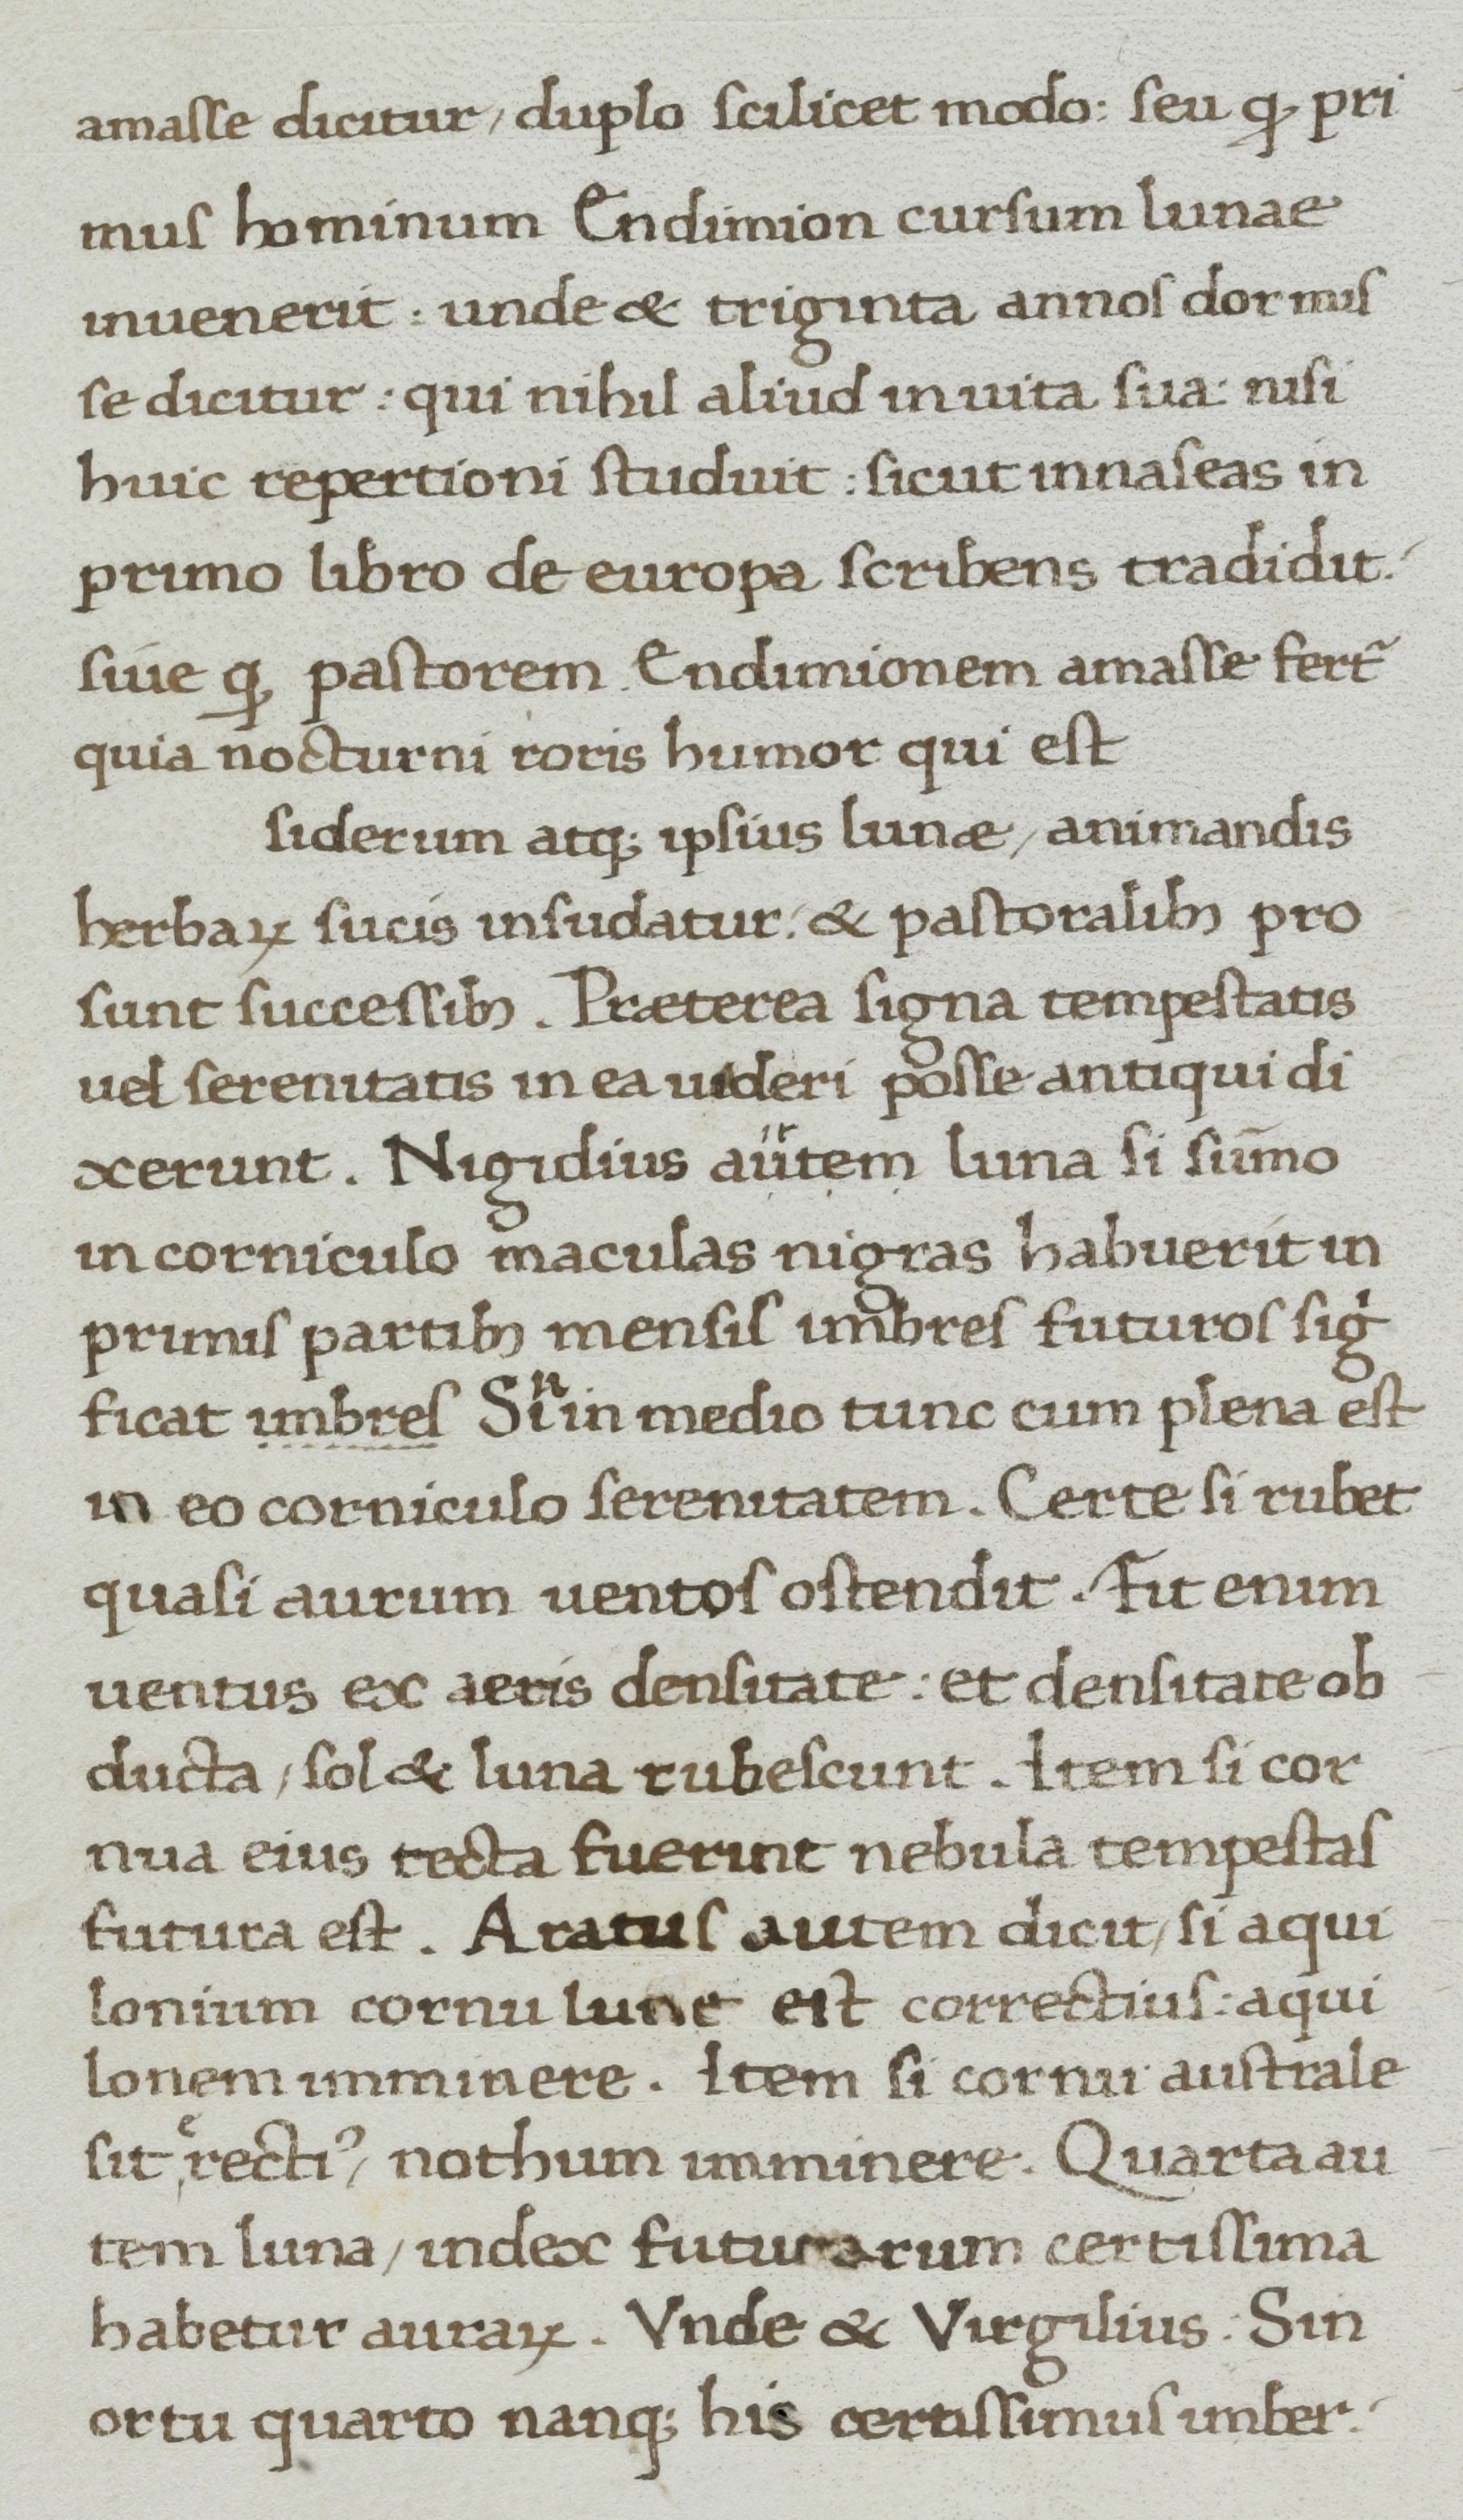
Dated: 1400–1499